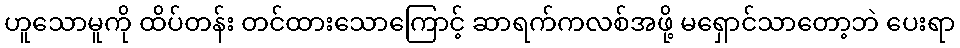
ဟူသောမူကို ထိပ်တန်း တင်ထားသောကြောင့် ဆာရက်ကလစ်အဖို့ မရှောင်သာတော့ဘဲ ပေးရာ